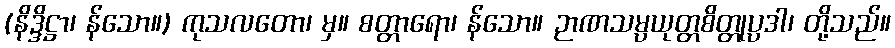
(နိဒ္ဒိဋ္ဌာ၊ န်သော။) ကုသလတော၊ မှ။ စတ္တာရော၊ န်သော။ ဉာဏသမ္ပယုတ္တစိတ္တုပ္ပဒါ၊ တို့သည်။